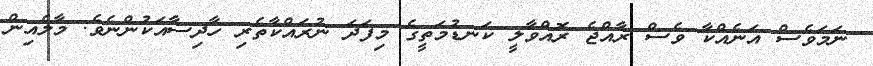
ނަމަވެސް އަނެއްކާ ވެސް ރާއްޖެ ރޮއްވާލީ ކަނޑުމަތީގެ މިފަދަ ނުރައްކާތެރި ހާދިސާއަކުންނެވެ. މާލެއިން